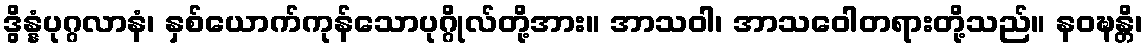
ဒွိန္နံပုဂ္ဂလာနံ၊ နှစ်ယောက်ကုန်သောပုဂ္ဂိုလ်တို့အား။ အာသဝါ၊ အာသဝေါတရားတို့သည်။ နဝဍ္ဎန္တိ၊